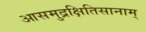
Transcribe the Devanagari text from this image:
आसमुद्रक्षितिसानाम्